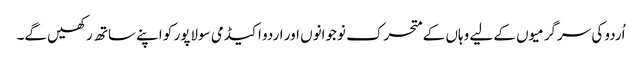
اُردو کی سرگرمیوں کے لیے وہاں کے متحرک نوجوانوں اور اردو اکیڈمی سولاپور کو اپنے ساتھ رکھیں گے۔